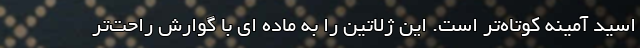
اسید آمینه کوتاه‌تر است. این ژلاتین را به ماده ای با گوارش راحت‌تر